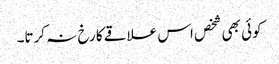
کوئی بھی شخص اس علاقے کا رخ نہ کرتا۔